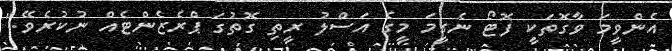
އެންވީމަ ވާގޮތަކީ ފޮޓޯ ނެގީމަ މީގެ އަސްލު ރީތި ގޮތުގަ ޕްރެޒެންޓެއް ނުކުރެވޭ."